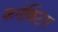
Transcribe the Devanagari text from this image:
कनेकिंटग